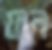
ফল